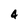
Character: 4